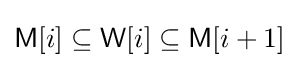
{\mathsf {M}}[i]\subseteq {\mathsf {W}}[i]\subseteq {\mathsf {M}}[i+1]